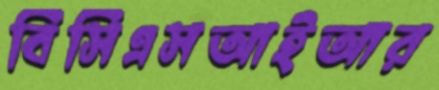
বিসিএসআইআর